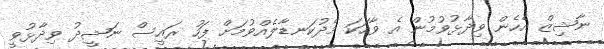
ނާޝިޒް އެހެން ވިދާޅުވުމުން އެ ވާހަކަ މެދުކަނޑާލެއްވުމަށް ފަހު ރައީސް ނަޝީދު ވިދާޅުވީ